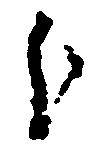
分